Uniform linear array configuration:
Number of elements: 64
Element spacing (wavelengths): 1
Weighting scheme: kaiser
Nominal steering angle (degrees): -60
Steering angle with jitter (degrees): -61.11
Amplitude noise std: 0.05
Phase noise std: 0.05

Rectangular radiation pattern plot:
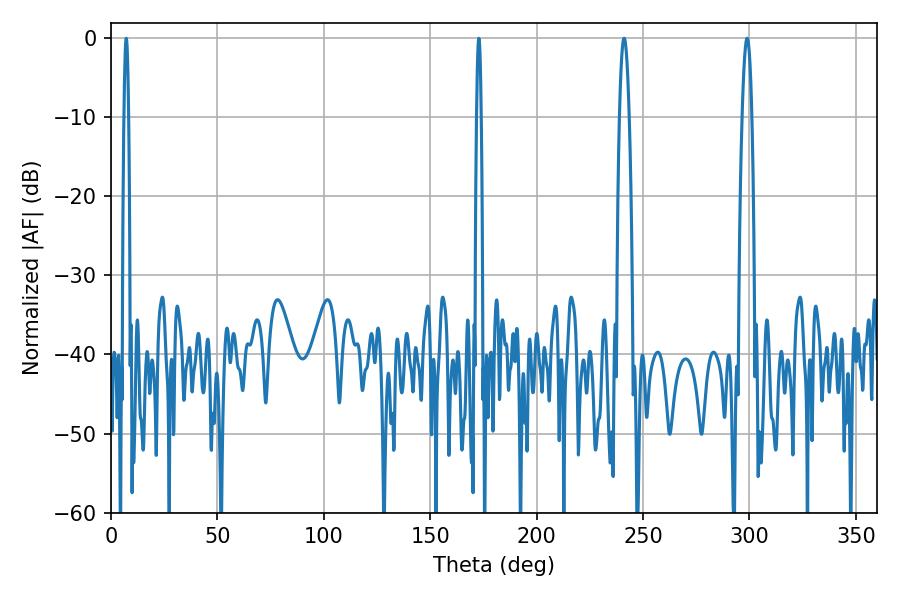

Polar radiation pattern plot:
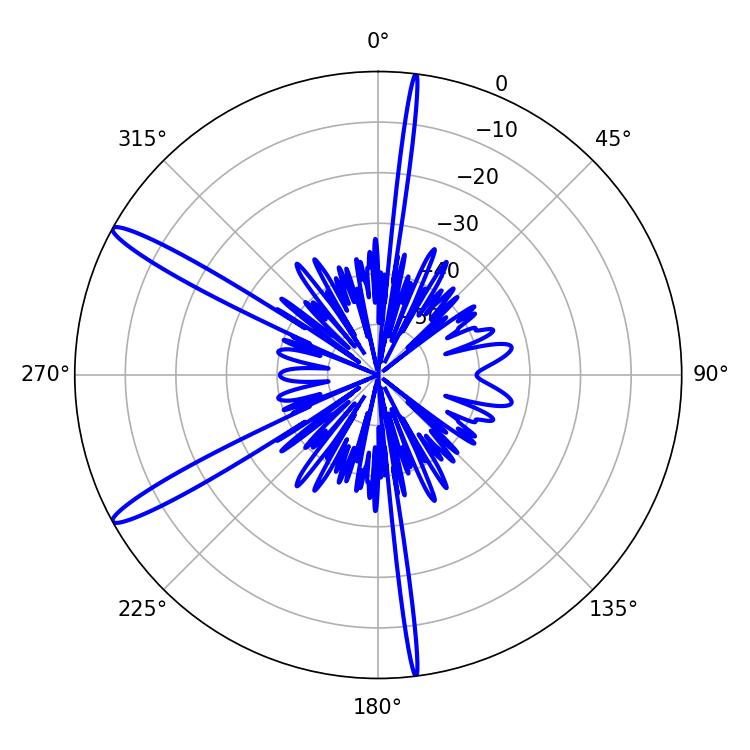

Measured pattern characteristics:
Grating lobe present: TRUE
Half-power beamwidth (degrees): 2.34
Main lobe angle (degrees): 241.02